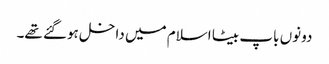
دونوں باپ بیٹا اسلام میں داخل ہوگئے تھے۔